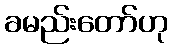
ခမည်းတော်ဟု